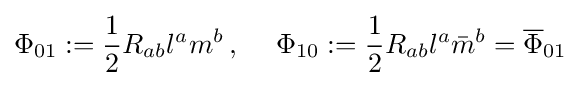
\Phi _{01}:={\frac {1}{2}}R_{ab}l^{a}m^{b}\,,\quad \;\Phi _{10}:={\frac {1}{2}}R_{ab}l^{a}{\bar {m}}^{b}={\overline {\Phi }}_{01}